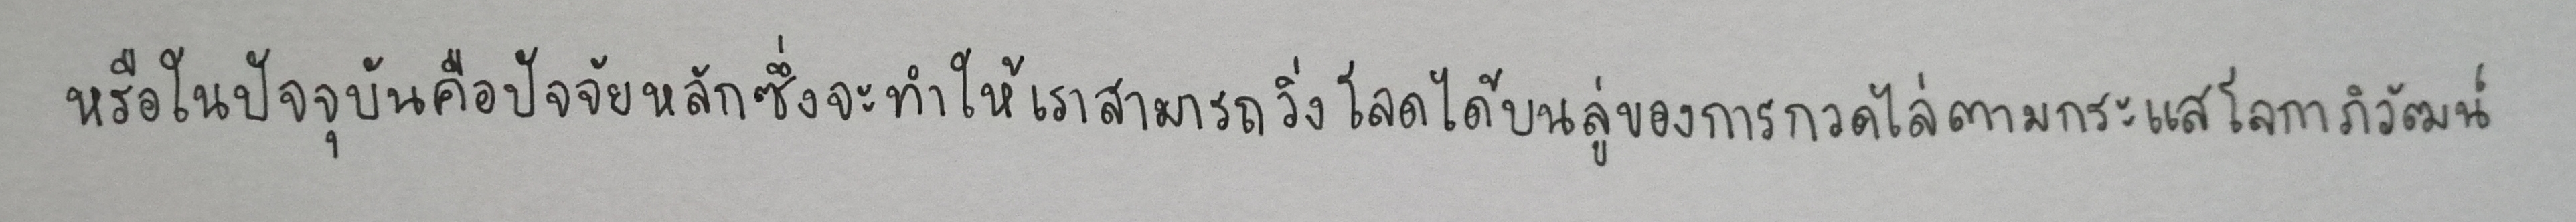
หรือในปัจจุบันคือปัจจัยหลักซึ่งจะทำให้เราสามารถวิ่งโลดได้บนลู่ของการกวดไล่ตามกระแสโลกาภิวัตน์